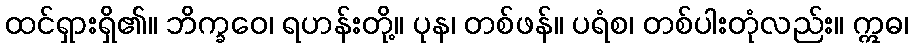
ထင်ရှားရှိ၏။ ဘိက္ခဝေ၊ ရဟန်းတို့။ ပုန၊ တစ်ဖန်။ ပရံစ၊ တစ်ပါးတုံလည်း။ ဣဓ၊